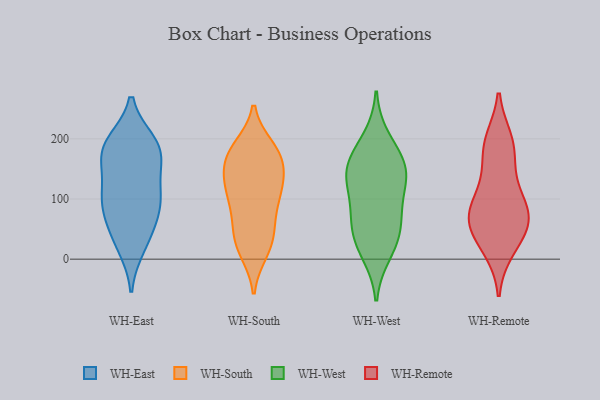
{"axis": {"x": "Humidity (%)", "y": "Value"}, "legend": ["WH-East", "WH-Remote", "WH-South", "WH-West"], "data": [{"x": "", "y": 139, "type": "WH-East"}, {"x": "", "y": 22, "type": "WH-East"}, {"x": "", "y": 95, "type": "WH-East"}, {"x": "", "y": 180, "type": "WH-East"}, {"x": "", "y": 106, "type": "WH-East"}, {"x": "", "y": 92, "type": "WH-East"}, {"x": "", "y": 98, "type": "WH-East"}, {"x": "", "y": 176, "type": "WH-East"}, {"x": "", "y": 190, "type": "WH-East"}, {"x": "", "y": 36, "type": "WH-East"}, {"x": "", "y": 193, "type": "WH-East"}, {"x": "", "y": 177, "type": "WH-East"}, {"x": "", "y": 58, "type": "WH-East"}, {"x": "", "y": 154, "type": "WH-South"}, {"x": "", "y": 70, "type": "WH-South"}, {"x": "", "y": 117, "type": "WH-South"}, {"x": "", "y": 30, "type": "WH-South"}, {"x": "", "y": 38, "type": "WH-South"}, {"x": "", "y": 12, "type": "WH-South"}, {"x": "", "y": 130, "type": "WH-South"}, {"x": "", "y": 179, "type": "WH-South"}, {"x": "", "y": 164, "type": "WH-South"}, {"x": "", "y": 75, "type": "WH-South"}, {"x": "", "y": 186, "type": "WH-South"}, {"x": "", "y": 13, "type": "WH-South"}, {"x": "", "y": 161, "type": "WH-South"}, {"x": "", "y": 109, "type": "WH-South"}, {"x": "", "y": 43, "type": "WH-South"}, {"x": "", "y": 174, "type": "WH-South"}, {"x": "", "y": 119, "type": "WH-South"}, {"x": "", "y": 186, "type": "WH-South"}, {"x": "", "y": 96, "type": "WH-South"}, {"x": "", "y": 128, "type": "WH-South"}, {"x": "", "y": 26, "type": "WH-West"}, {"x": "", "y": 158, "type": "WH-West"}, {"x": "", "y": 147, "type": "WH-West"}, {"x": "", "y": 50, "type": "WH-West"}, {"x": "", "y": 54, "type": "WH-West"}, {"x": "", "y": 138, "type": "WH-West"}, {"x": "", "y": 78, "type": "WH-West"}, {"x": "", "y": 166, "type": "WH-West"}, {"x": "", "y": 134, "type": "WH-West"}, {"x": "", "y": 101, "type": "WH-West"}, {"x": "", "y": 200, "type": "WH-West"}, {"x": "", "y": 10, "type": "WH-West"}, {"x": "", "y": 67, "type": "WH-Remote"}, {"x": "", "y": 18, "type": "WH-Remote"}, {"x": "", "y": 63, "type": "WH-Remote"}, {"x": "", "y": 72, "type": "WH-Remote"}, {"x": "", "y": 103, "type": "WH-Remote"}, {"x": "", "y": 196, "type": "WH-Remote"}, {"x": "", "y": 82, "type": "WH-Remote"}, {"x": "", "y": 180, "type": "WH-Remote"}, {"x": "", "y": 60, "type": "WH-Remote"}, {"x": "", "y": 190, "type": "WH-Remote"}, {"x": "", "y": 132, "type": "WH-Remote"}, {"x": "", "y": 29, "type": "WH-Remote"}]}